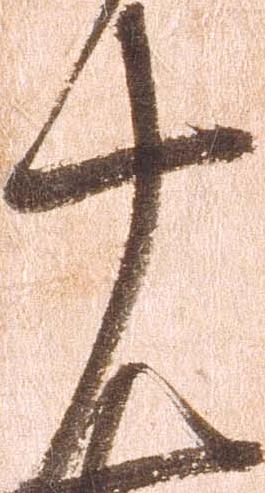
十